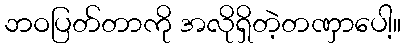
ဘဝပြတ်တာကို အလိုရှိတဲ့တဏှာပေါ့။